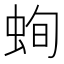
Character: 䖲